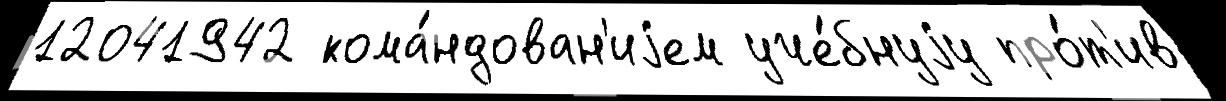
12041942 кома́ндован'иjем уче́бнуjу про́т'ив